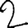
Digit: 2